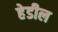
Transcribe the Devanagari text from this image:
हेडील